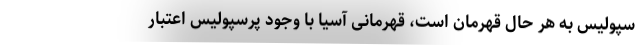
سپولیس به هر حال قهرمان است، قهرمانی آسیا با وجود پرسپولیس اعتبار